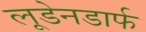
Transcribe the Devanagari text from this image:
लूडेनडार्फ